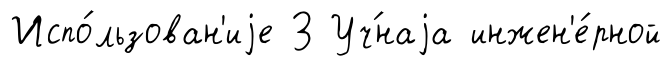
Испо́льзован'иjе З Уч́наjа инжен'е́рной